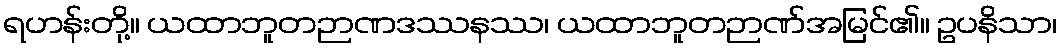
ရဟန်းတို့။ ယထာဘူတဉာဏဒဿနဿ၊ ယထာဘူတဉာဏ်အမြင်၏။ ဥပနိသာ၊